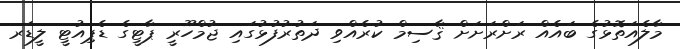
މާލެއަތޮޅުގެ ބައެއް ރަށްރަށަށް ޤާސިމް ކުރެއްވި ދަތުރުފުޅުގައި ޖުމްހޫރީ ޕާޓީގެ ޑެޕިއުޓީ ލީޑަރ